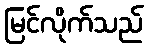
မြင်လိုက်သည်